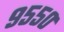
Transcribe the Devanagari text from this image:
९५५०